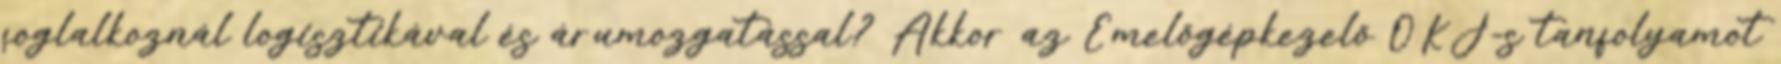
foglalkoznál logisztikával és árumozgatással? Akkor az Emelőgépkezelő OKJ-s tanfolyamot